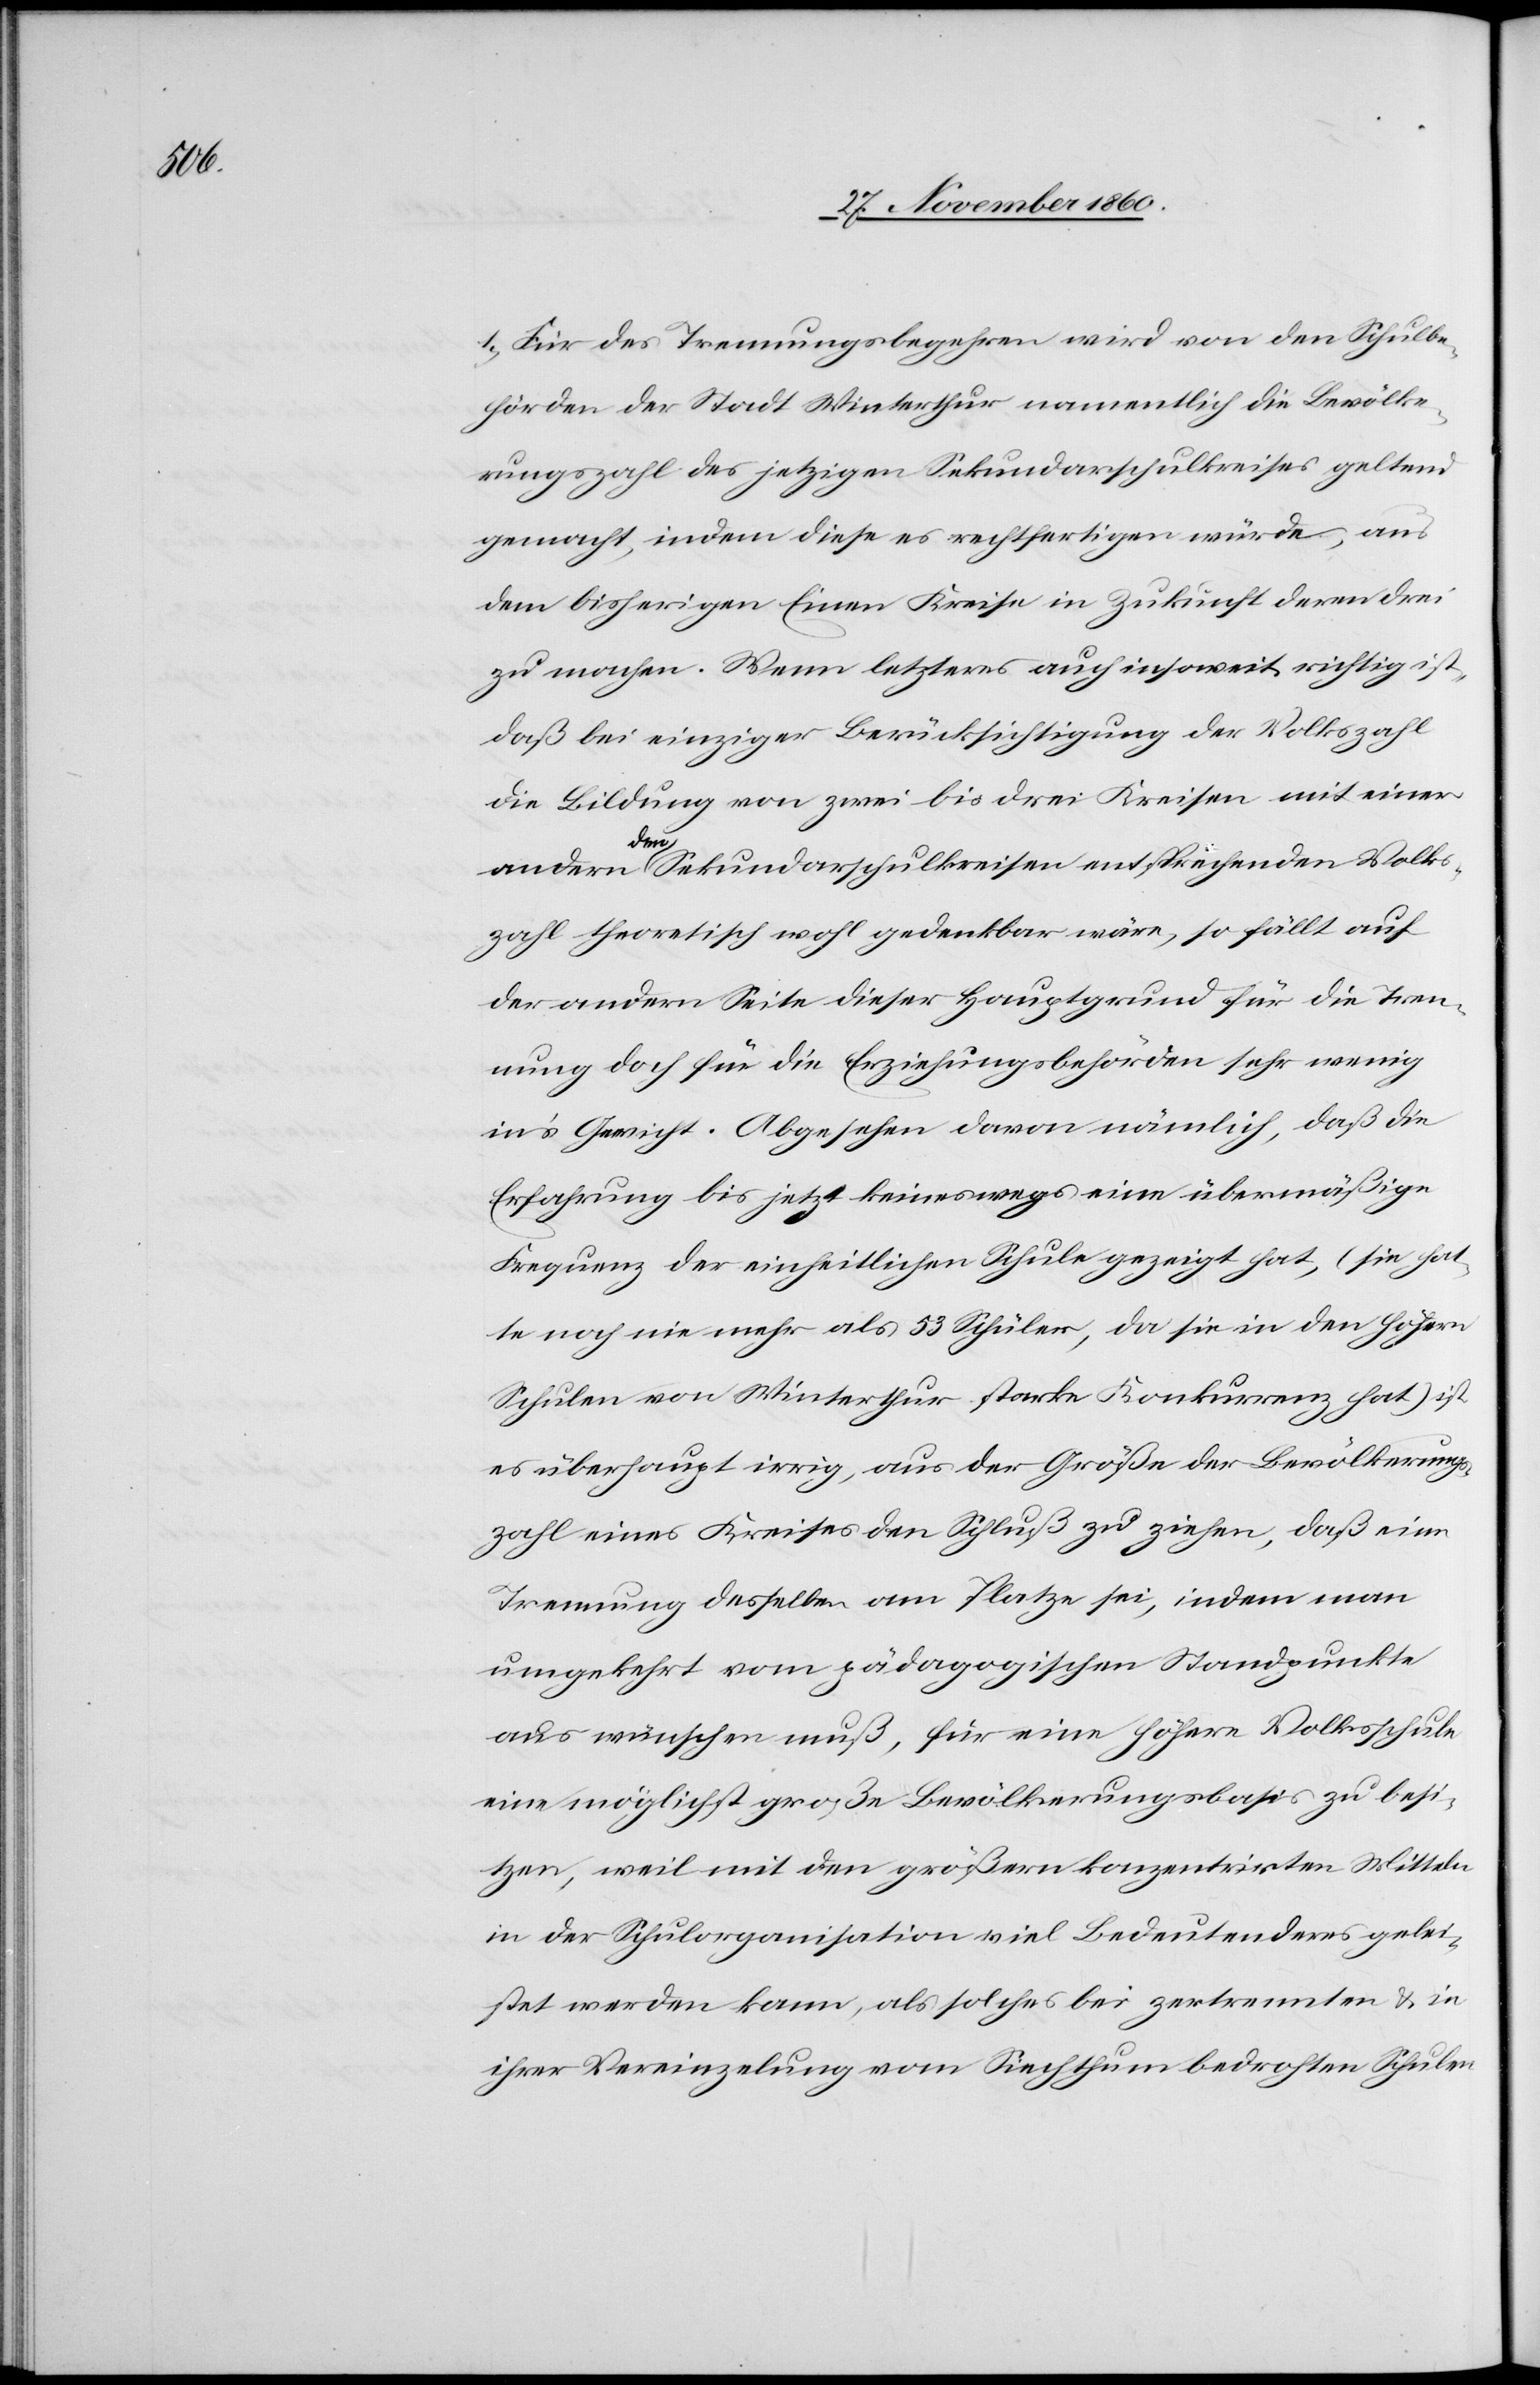
1. Für das Trennungsbegehren wird von den Schulbe¬
hörden der Stadt Winterthur namentlich die Bevölke¬
rungszahl des jetzigen Sekundarschulkreise geltend
gemacht, indem diese es rechtfertigen würde, aus
dem bisherigen Einen Kreise in Zukunft deren drei
zu machen. Wenn letzteres auch insoweit richtig ist,
daß bei einziger Berücksichtigung der Volkszahl
die Bildung von zwei bis drei Kreisen mit einer
andern den Sekundarschulkreisen entsprechenden Volks¬
zahl theoretisch wohl gedenkbar wäre, so fällt auf
der andern Seite dieser Hauptgrund für die Tren¬
nung doch für die Erziehungsbehörden sehr wenig
in’s Gewicht. Abgesehen davon nämlich, daß die
Erfahrung bis jetzt keineswegs eine übermäßige
Frequenz der einheitlichen Schule gezeigt hat, (sie hat¬
te noch nie mehr als 53 Schüler, da sie in den höhern
Schulen von Winterthur starke Konkurrenz hat) ist
es überhaupt irrig, aus der Größe der Bevölkerungs¬
zahl eines Kreises den Schluß zu ziehen, daß eine
Trennung desselben am Platze sei, indem man
umgekehrt vom pädagogischen Standpunkte
aus wünschen muß, für eine höhere Volksschule
eine möglichst große Bevölkerungsbasis zu besi¬
tzen, weil mit den größern konzentrirten Mitteln
in der Schulorganisation viel Bedeutenderes gelei¬
stet werden kann, als solches bei zertrennten u. in
ihrer Vereinzelung vom Siechthum bedrohten Schulen